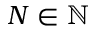
N \in \mathbb N